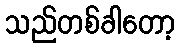
သည်တစ်ခါတော့